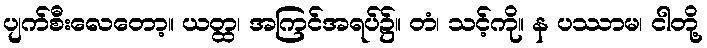
ပျက်စီးလေတော့။ ယတ္ထ၊ အကြင်အရပ်၌။ တံ၊ သင့်ကို။ န ပဿာမ၊ ငါတို့